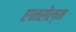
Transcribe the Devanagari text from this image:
एनसेल्म